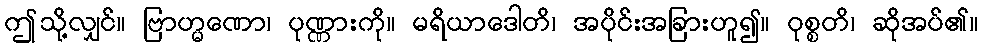
ဤသို့လျှင်။ ဗြာဟ္မဏော၊ ပုဏ္ဏားကို။ မရိယာဒေါတိ၊ အပိုင်းအခြားဟူ၍။ ဝုစ္စတိ၊ ဆိုအပ်၏။